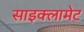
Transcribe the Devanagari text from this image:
साइक्लामेट